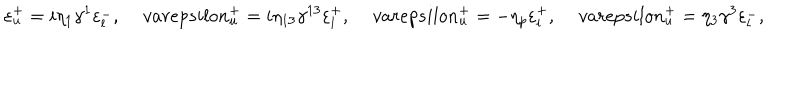
LaTeX: \varepsilon _ { u } ^ { + } = i \eta _ { 1 } \gamma ^ { 1 } \varepsilon _ { l } ^ { - } , \, v a r e p s i l o n _ { u } ^ { + } = i \eta _ { 1 3 } \gamma ^ { 1 3 } \varepsilon _ { l } ^ { + } , \, v a r e p s i l o n _ { u } ^ { + } = - \eta _ { p } \varepsilon _ { l } ^ { + } , \, v a r e p s i l o n _ { u } ^ { + } = \eta _ { 3 } \gamma ^ { 3 } \varepsilon _ { l } ^ { - } ,